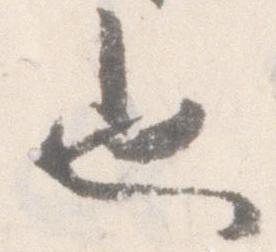
也